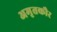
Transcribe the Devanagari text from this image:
अमृतकौर